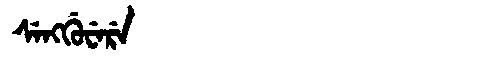
Manchu: ᠰᡝᠩᡤᡠᠸᡝᡵᡝ
Romanization: SENGGUWERE